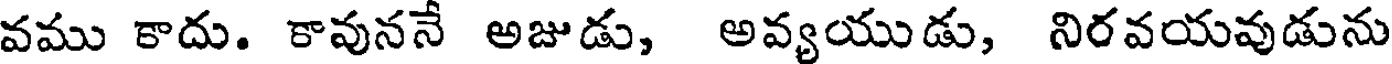
వము కాదు. కావుననే అజుడు, అవ్యయుడు, నిరవయవుడును